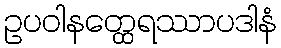
ဥပဝါနတ္ထေရဿာပဒါနံ